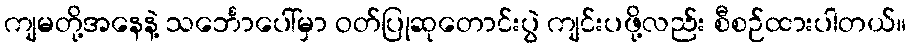
ကျမတို့အနေနဲ့ သင်္ဘောပေါ်မှာ ဝတ်ပြုဆုတောင်းပွဲ ကျင်းပဖို့လည်း စီစဉ်ထားပါတယ်။